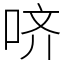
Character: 哜